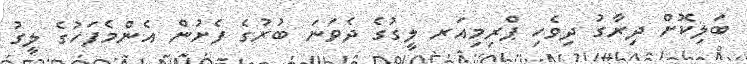
ބަލިކޮށް ދިރާގު ދިވެހި ޕްރިމިއަރ ލީގުގެ ދެވަނަ ބުރުގެ ފެށުން އެންމެފަހުގެ ލީގު